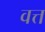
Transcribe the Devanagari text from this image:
वत्त